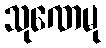
သုဏေမု